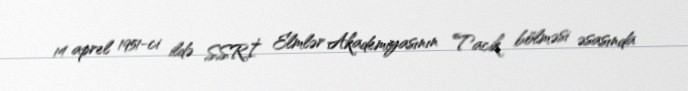
14 aprel 1951-ci ildə SSRİ Elmlər Akademiyasının Tacik bölməsi əsasında